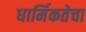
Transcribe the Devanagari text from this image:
धार्मिकतेचा